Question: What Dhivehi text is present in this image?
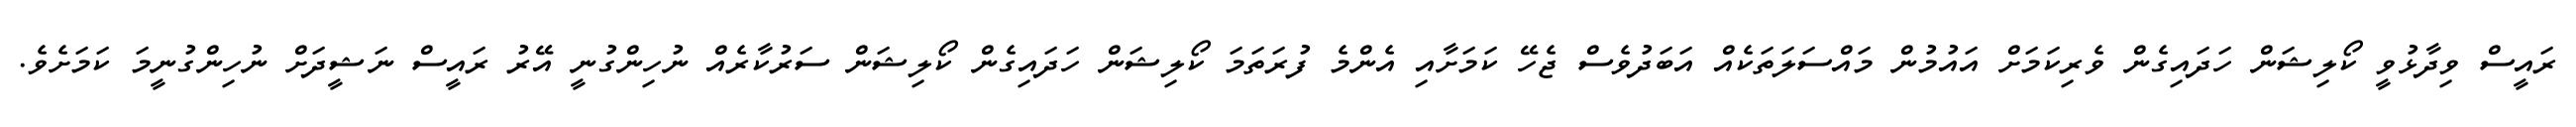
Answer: ރައީސް ވިދާޅުވީ ކޯލިޝަން ހަދައިގެން ވެރިކަމަށް އައުމުން މައްސަލަތަކެއް އަބަދުވެސް ޖެހޭ ކަމަށާއި އެންމެ ފުރަތަމަ ކޯލިޝަން ހަދައިގެން ކޯލިޝަން ސަރުކާރެއް ނުހިންގުނީ އޭރު ރައީސް ނަޝީދަށް ނުހިންގުނީމަ ކަމަށެވެ.